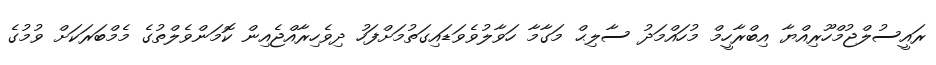
ރައީސުލްޖުމްހޫރިއްޔާ އިބްރާހީމް މުހައްމަދު ސާލިޙް މަގާމާ ހަވާލުވެވަޑައިގަތުމަށްފަހު ދިވެހިރާއްޖެއިން ކޮމަންވެލްތުގެ މެމްބަރަކަށް ވުމުގެ